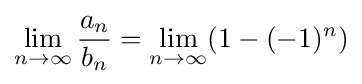
\lim _{n\to \infty }{\frac {a_{n}}{b_{n}}}=\lim _{n\to \infty }(1-(-1)^{n})